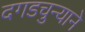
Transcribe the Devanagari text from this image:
दगडचुन्याने